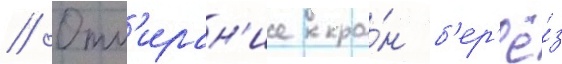
// Отм'иран'ие кро́н б'ер'ё́з